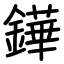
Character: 鏵